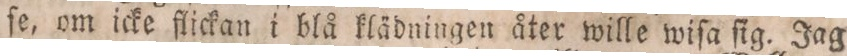
ſe, om icke flickan i blå klädningen åter wille wiſa ſig. Jag